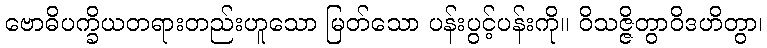
ဗောဓိပက္ခိယတရားတည်းဟူသော မြတ်သော ပန်းပွင့်ပန်းကို။ ဝိသဇ္ဇိတွာဝိဒဟိတွာ၊